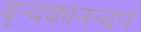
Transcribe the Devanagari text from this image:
वृन्दकानन्दनं